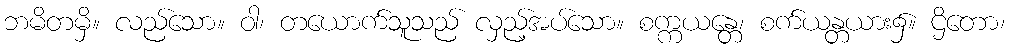
ဘမိတမှိ။ လည်သော။ ဝါ၊ တယောက်သူသည် လှည့်အပ်သော။ စက္ကယန္တေ၊ စက်ယန္တယား၌။ ဌိတော၊